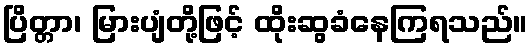
ပြိတ္တာ၊ မြားပျံတို့ဖြင့် ထိုးဆွခံနေကြရသည်။